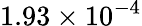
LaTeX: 1.93\times 10^{-4}